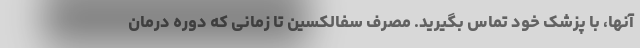
آنها، با پزشک خود تماس بگیرید. مصرف سفالکسین تا زمانی که دوره درمان